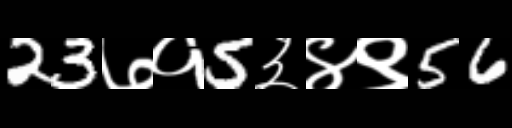
Text: 23७१5३४९56